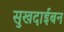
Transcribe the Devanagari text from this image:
सुखदाईबन